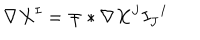
\nabla X ^ { I } = \mp * \nabla X ^ { J } I _ { J } { } ^ { I }